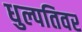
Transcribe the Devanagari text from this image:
धुल्पतिवर